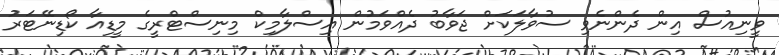
ވީނިއުސް އިން ދެންނެވި ސުވާލަކަށް ޖަވާބު ދެއްވަމުން އިސްލާމިކް މިނިސްޓްރީގެ މީޑިއާ ކޯޑިނޭޓަރު